65_HS1-834228961_62-HQ-83894_Section_10
Agency: FBI
Page 87
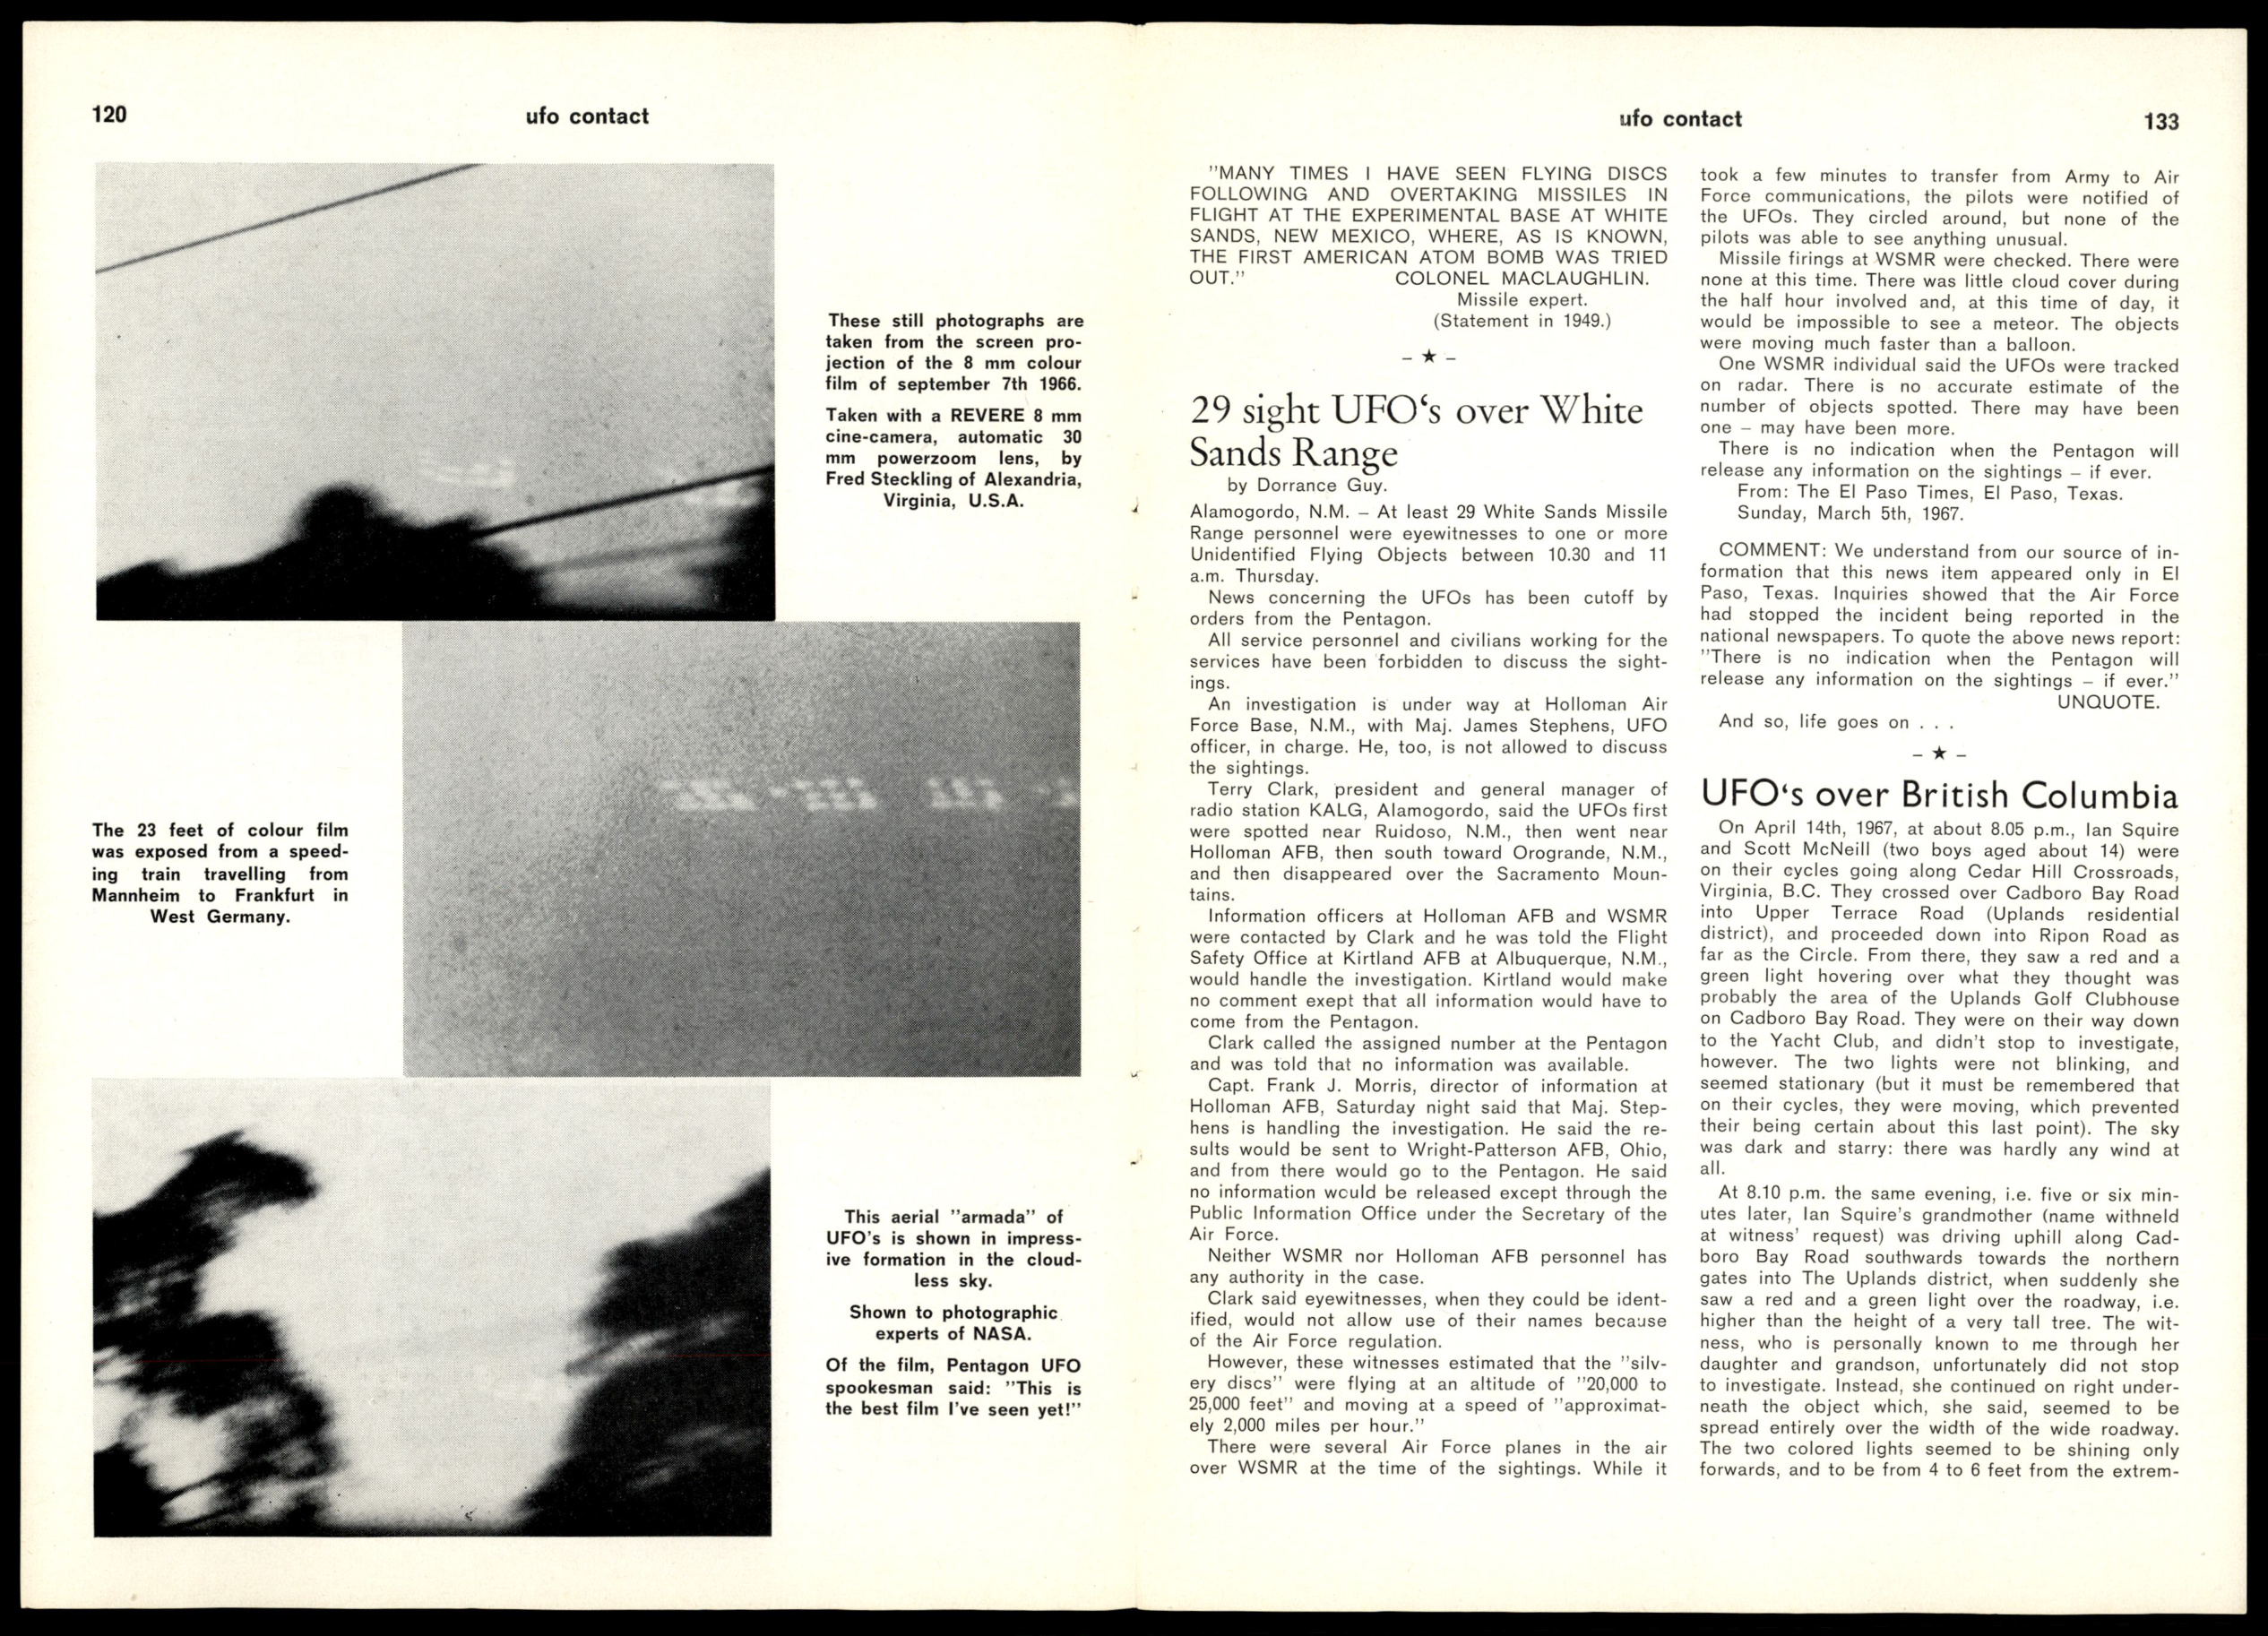